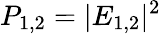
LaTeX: P_{1,2}=|E_{1,2}|^{2}